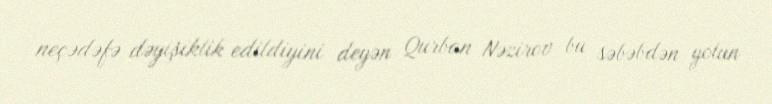
neçədəfə dəyişiklik edildiyini deyən Qurban Nəzirov bu səbəbdən yolun